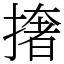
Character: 撦